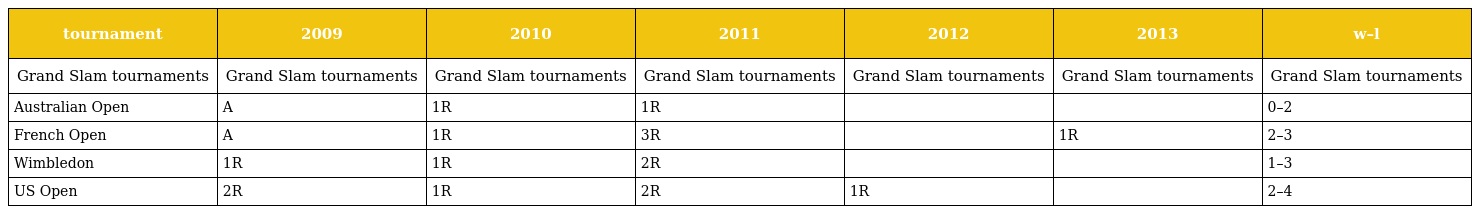
| tournament | 2009 | 2010 | 2011 | 2012 | 2013 | w–l |
 | --- | --- | --- | --- | --- | --- | --- |
 | Grand Slam tournaments | Grand Slam tournaments | Grand Slam tournaments | Grand Slam tournaments | Grand Slam tournaments | Grand Slam tournaments | Grand Slam tournaments |
 | Australian Open | A | 1R | 1R |  |  | 0–2 |
 | French Open | A | 1R | 3R |  | 1R | 2–3 |
 | Wimbledon | 1R | 1R | 2R |  |  | 1–3 |
 | US Open | 2R | 1R | 2R | 1R |  | 2–4 |